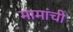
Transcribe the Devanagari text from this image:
मामांची